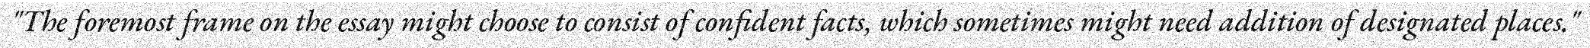
"The foremost frame on the essay might choose to consist of confident facts, which sometimes might need addition of designated places."